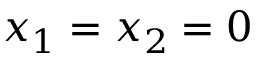
x _ { 1 } = x _ { 2 } = 0